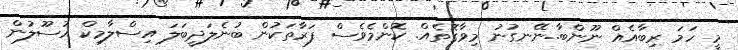
މީ ހަމަ ރިބާއެއް ނޫންބާ..ނޭނގުނު މިވާގޮތެއް. ކޮންމެވެސް ފަރާތަކުން ބުނެލަދީބަލަ އިސްލާމިކް އުސޫލުން